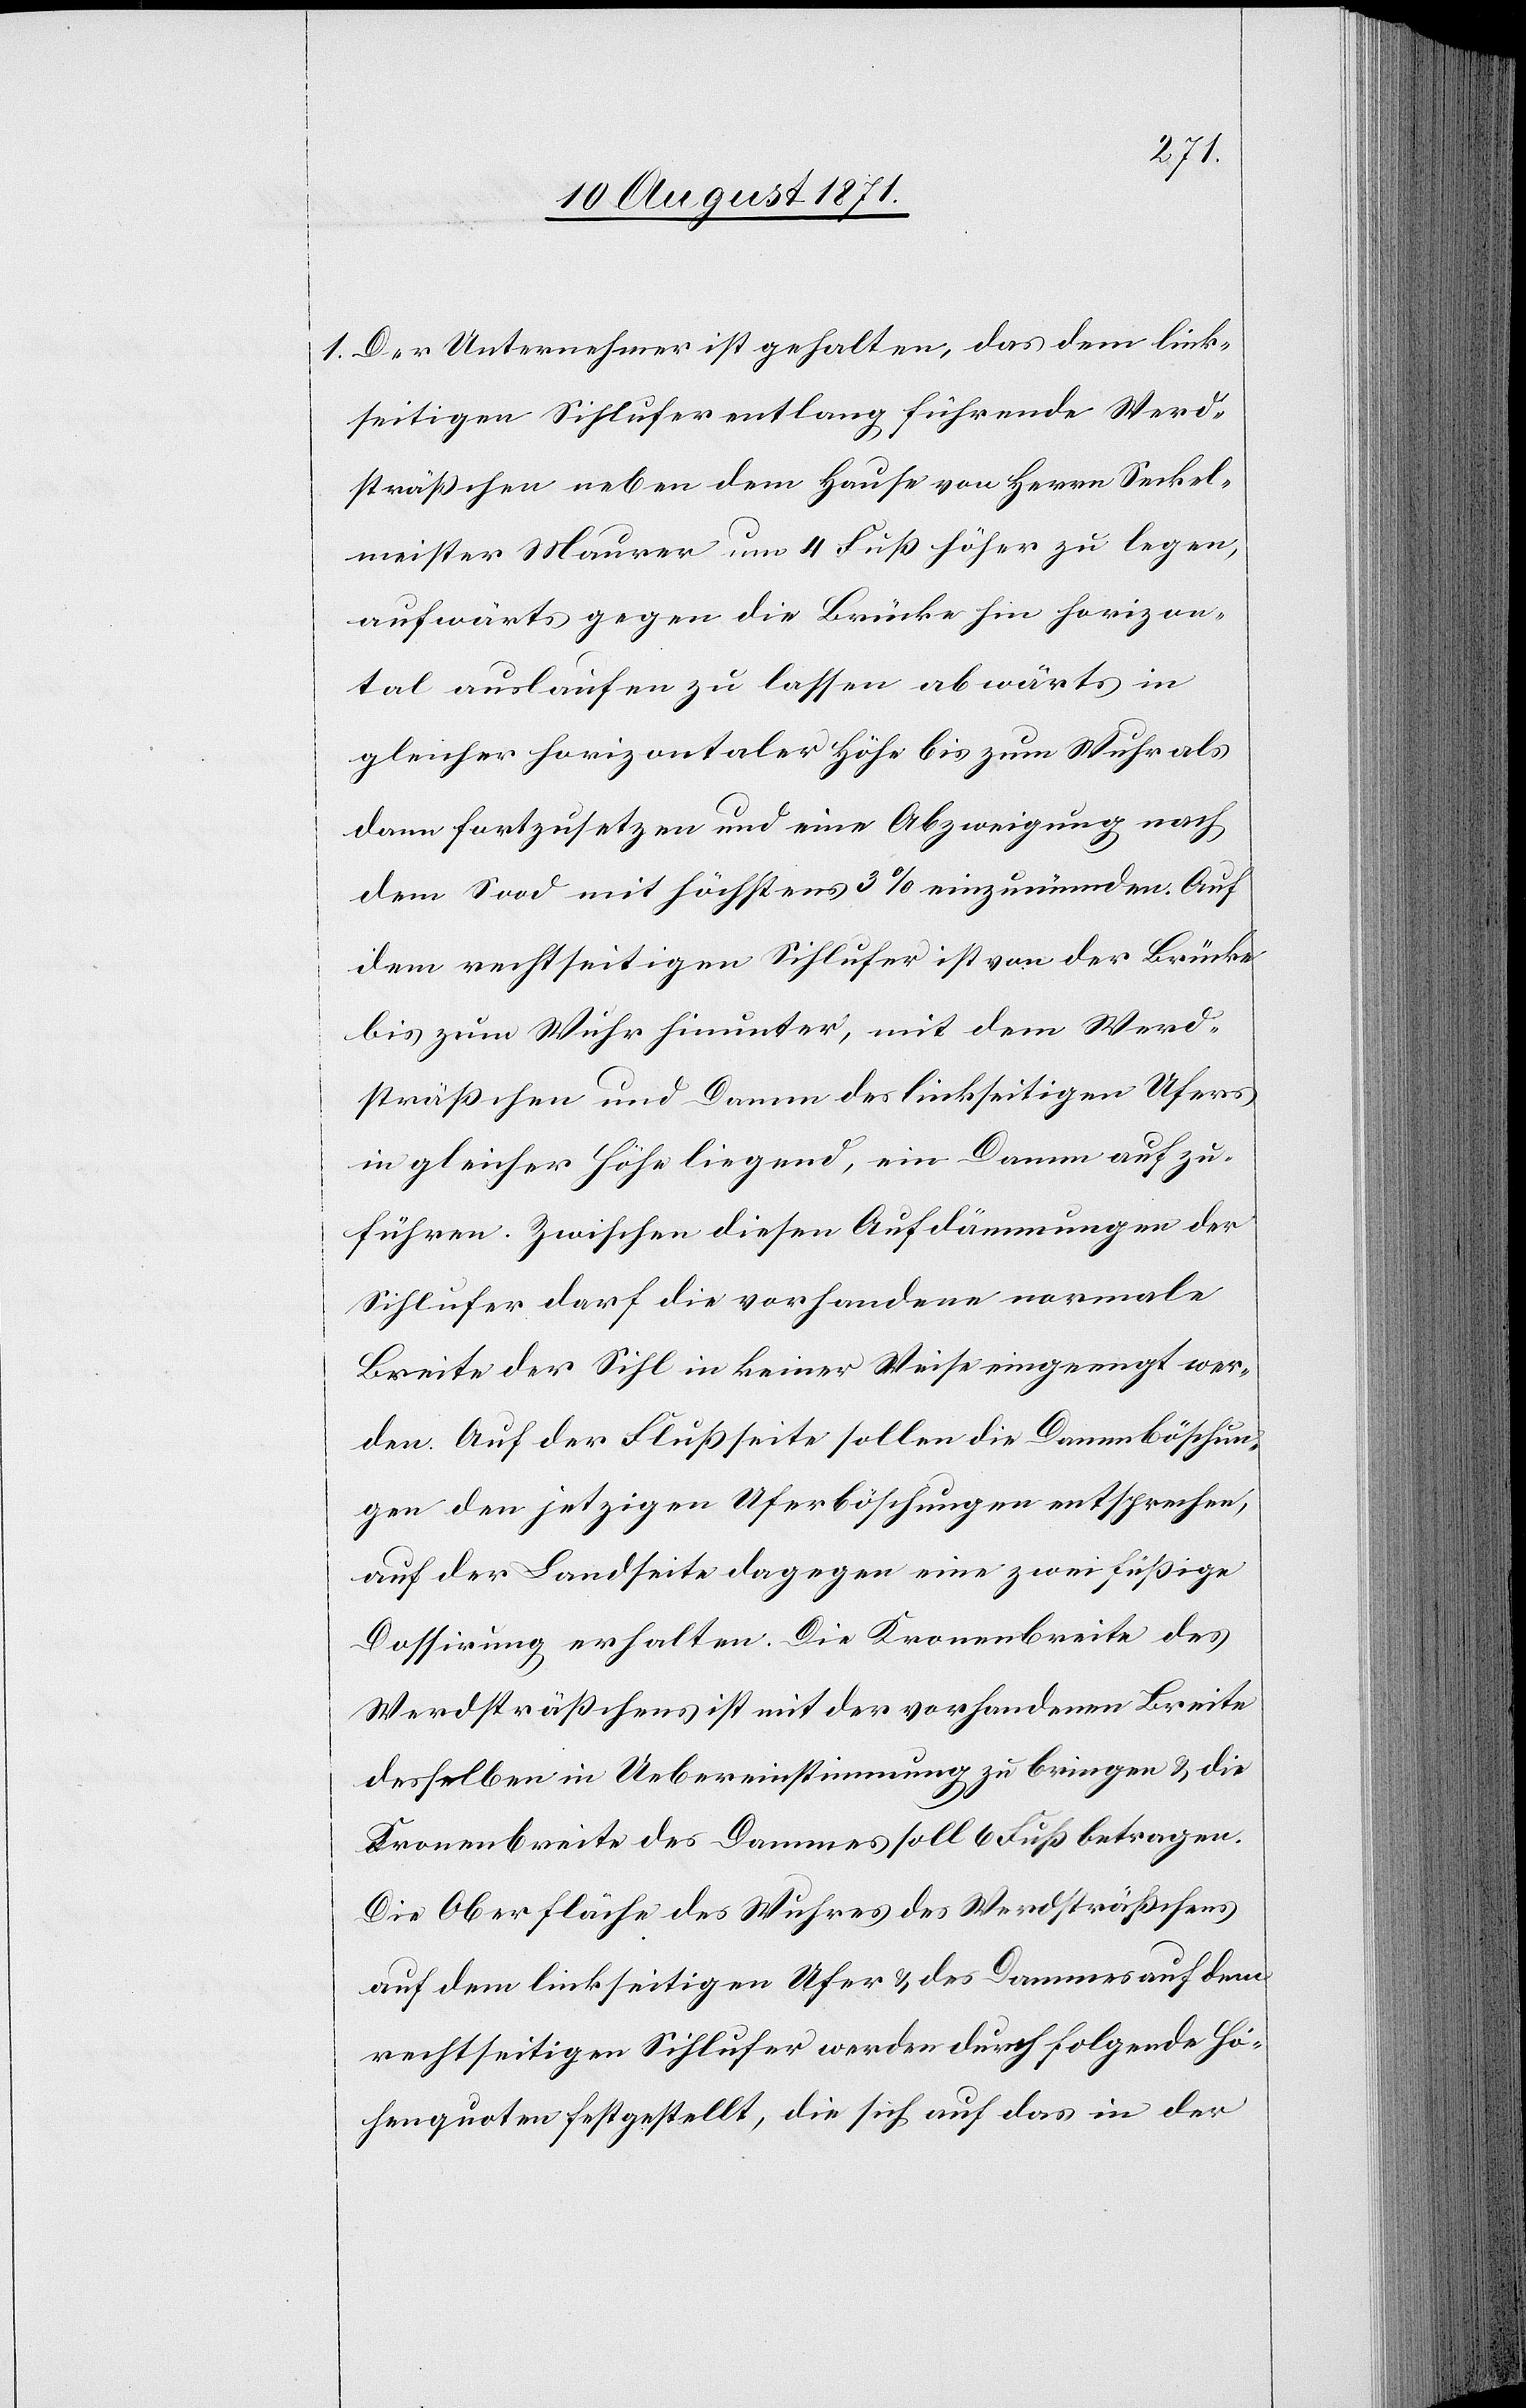
1. Der Unternehmer ist gehalten, das dem link¬
seitigen Sihlufer entlang führende Werd¬
sträßchen neben dem Hause von Herrn Seckel¬
meister Maurer um 4 Fuß höher zu legen,
aufwärts gegen die Brücke hin horizon¬
tal auslaufen zu lassen abwärts in
gleicher horizontaler Höhe bis zum Wuhr als
dann fortzusetzen und eine Abzweigung nach
dem Sood mit höchstens 3% einzumünden. Auf
dem rechtseitigen Sihlufer ist von der Brücke
bis zum Wuhr hinunter, mit dem Werd¬
sträßchen und Damm des linkseitigen Ufers
in gleicher Höhe liegend, ein Damm aufzu¬
führen. Zwischen diesen Aufdammungen der
Sihlufer darf die vorhandene normale
Breite der Sihl in keiner Weise eingeengt wer¬
den. Auf der Flußseite sollen die Dammböschun¬
gen den jetzigen Uferböschungen entsprechen,
auf der Landseite dagegen eine zweifüßige
Dossirung erhalten. Die Kronenbreite des
Werdtsträßchens ist mit der vorhandenen Breite
desselben in Uebereinstimmung zu bringen u. die
Kronenbreite des Dammes soll 6 Fuß betragen.
Die Oberfläche des Wuhres des Werdtsträßchens
auf dem linkseitigen Ufer u. des Dammes auf dem
rechtseitigen Sihlufer werden durch folgende Hö¬
henquoten festgestellt, die sich auf das in der